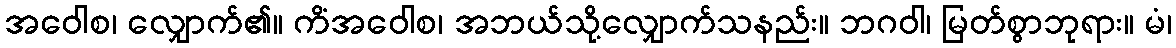
အဝေါစ၊ လျှောက်၏။ ကိံအဝေါစ၊ အဘယ်သို့လျှောက်သနည်း။ ဘဂဝါ၊ မြတ်စွာဘုရား။ မံ၊